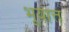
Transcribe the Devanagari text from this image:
भूयात्तं